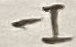
Text: -I